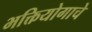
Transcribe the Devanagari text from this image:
भक्तियोगाचे